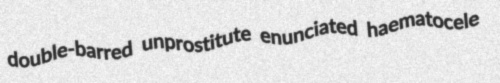
double-barred unprostitute enunciated haematocele